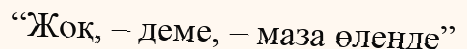
“Жоқ, – деме, – маза өлеңде”